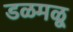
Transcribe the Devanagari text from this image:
डळमळू